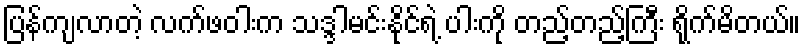
ပြန်ကျလာတဲ့ လက်ဖဝါးက သဒ္ဒါမင်းနိုင်ရဲ့ ပါးကို တည့်တည့်ကြီး ရိုက်မိတယ်။